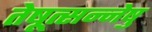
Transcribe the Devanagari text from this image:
तेषूत्सन्नेषु